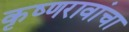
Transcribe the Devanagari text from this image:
कृष्णरावांचा